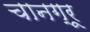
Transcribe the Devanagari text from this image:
चानग्रू